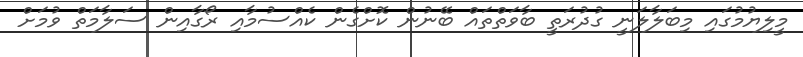
މީލިޔުމުގައި މިބަލާލަނީ ގުދުރަތީ ބާވަތްތައް ބޭނުން ކޮށްގެން ކެއްސުމާއި ރޯގާއިން ސަލާމަތް ވުމަށް